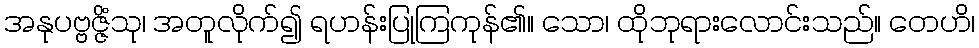
အနုပဗ္ဗဇ္ဇိံသု၊ အတူလိုက်၍ ရဟန်းပြုကြကုန်၏။ သော၊ ထိုဘုရားလောင်းသည်။ တေဟိ၊